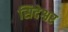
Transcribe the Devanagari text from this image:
सिदेश्वर